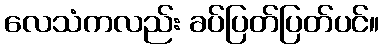
လေသံကလည်း ခပ်ပြတ်ပြတ်ပင်။